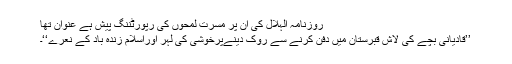
روزنامہ الہلال کی ان پر مسرت لمحوں کی رپورٹننگ پیش ہے عنوان تھا
’’قادیانی بچے کی لاش قبرستان میں دفن کرنے سے روک دینےپرخوشی کی لہر اوراسلام زندہ باد کے نعرے‘‘۔